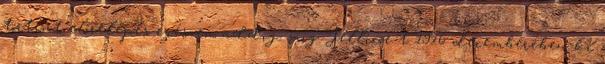
történt előrelépés egészen addig, míg Jellicoe-t 1916 decemberében ki